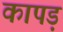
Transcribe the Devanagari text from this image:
कापड़